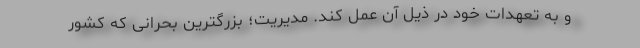
و به تعهدات خود در ذیل آن عمل کند. مدیریت؛ بزرگترین بحرانی که کشور